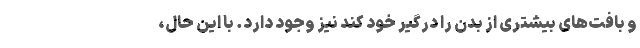
و بافت‌های بیشتری از بدن را درگیر خود کند نیز وجود دارد. با این حال،